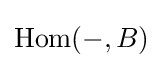
\operatorname {Hom} (-,B)